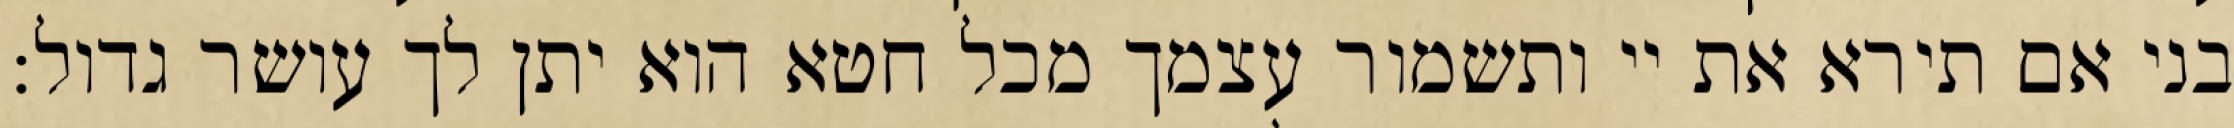
בני אם תירא את יי ותשמור עצמך מכל חטא הוא יתן לך עושר גדול: